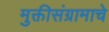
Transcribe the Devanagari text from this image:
मुक्तीसंग्रामाचे